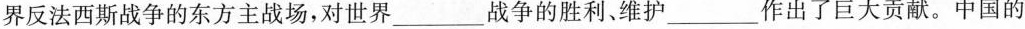
界反法西斯战争的东方主战场，对世界___战争的胜利、维护___作出了巨大贡献。中国的